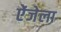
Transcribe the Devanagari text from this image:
ऐंजेला